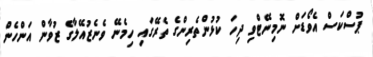
ޕުސްކަސް އެވޯޑަށް ނޮމިނޭޓްވި ދިހަ ކުޅުންތެރިންގެ ތެރޭގައި ހިމެނޭ ވެނެޒުއޭލާގެ ޒުވާން އަންހެން